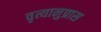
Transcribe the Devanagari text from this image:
वृत्यानुप्रास